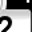
Digit: 2